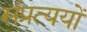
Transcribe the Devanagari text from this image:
संप्रत्ययों